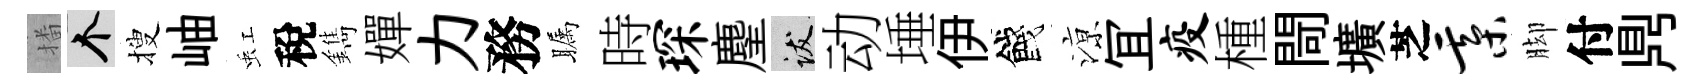
播个搜岫虹稅鐫嬋力務瞩時琛麈跋动埵伊餞鿌冝疫㮔閜壙芝綦脚付𪔂